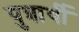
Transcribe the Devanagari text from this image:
पुत्रार्थी